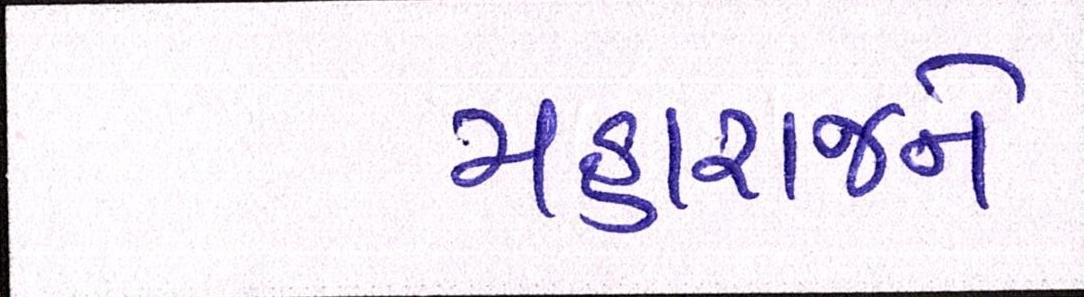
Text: મહારાજને